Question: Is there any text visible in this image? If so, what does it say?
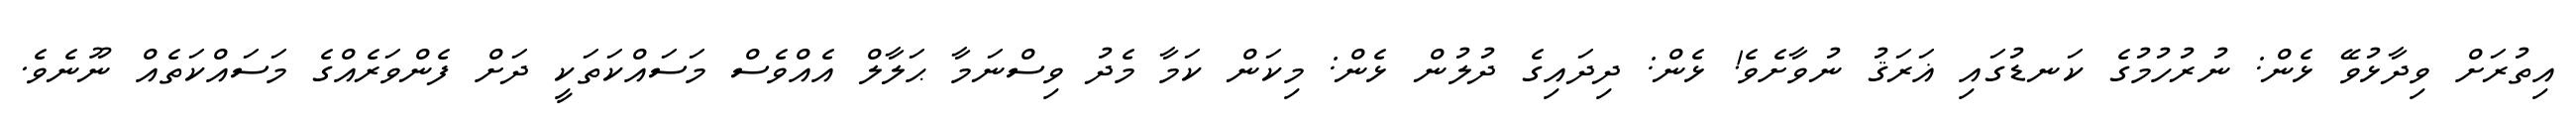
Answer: އިތުރަށް ވިދާޅުވޭ ޅެން: ނުރުހުމުގެ ކަނޑުގައި ޣަރަޤު ނުވާށެވެ! ޅެން: ދިދައިގެ ދުލުން ޅެން: މިކަން ކަމާ މެދު ވިސްނަމާ ޙަލާލް އެއްވެސް މަސައްކަތަކީ ދަށް ފެންވަރެއްގެ މަސައްކަތެއް ނޫނެވެ.